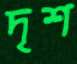
দৃশ